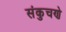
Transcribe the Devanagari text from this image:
संकुचणे